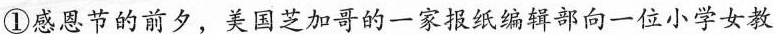
①感恩节的前夕，美国芝加哥的一家报纸编辑部向一位小学女教